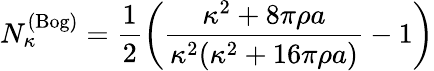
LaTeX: N_{\kappa}^{(\mathrm{Bog})}=\frac 12\left(\frac{\kappa^{2}+8\pi\rho a}{\kappa^{2}(\kappa^{2}+16\pi\rho a)}-1\right)